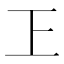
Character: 㠪